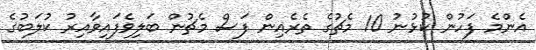
އެންމެ ފަހުން ކުޅުނު 10 މެޗުގެ ތެރެއިން ފަސް މެޗުން ބަލިވެފައިވާއިރު ކުލަބުގެ